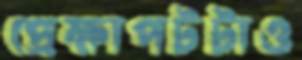
প্রেক্ষাপটটাও